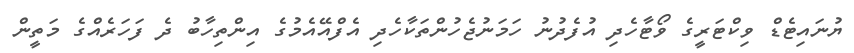
ޔުނައިޓެޑް ވިކްޓަރީގެ ވޯޓާހެދި އުފެދުނު ހަމަނުޖެހުންތަކާހެދި އެފްއޭއެމުގެ އިންތިހާބު ދެ ފަހަރެއްގެ މަތީން